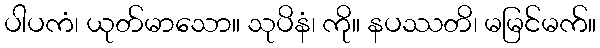
ပါပကံ၊ ယုတ်မာသော။ သုပိနံ၊ ကို။ နပဿတိ၊ မမြင်မက်။